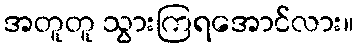
အတူတူ သွားကြရအောင်လား။